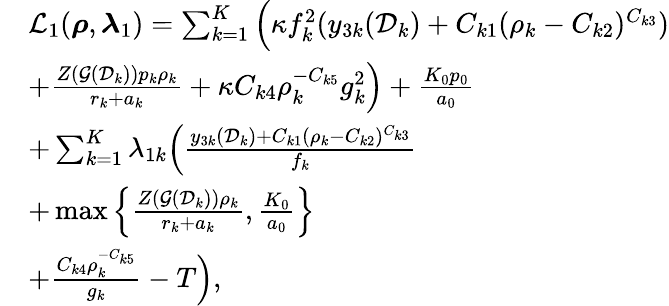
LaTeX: \begin{array}{r}{\begin{array}{rl}&{\mathcal L_{1}(\boldsymbol\rho,\boldsymbol\lambda_{1})=\sum_{k=1}^{K}\Big(\kappa f_{k}^{2}(y_{3k}(\mathcal D_{k})+C_{k1}(\rho_{k}-C_{k2})^{C_{k3}})}\\ &{+\frac{Z(\mathcal G(\mathcal D_{k}))p_{k}\rho_{k}}{r_{k}+a_{k}}+\kappa C_{k4}\rho_{k}^{-C_{k5}}g_{k}^{2}\Big)+\frac{K_{0}p_{0}}{a_{0}}}\\ &{+\sum_{k=1}^{K}\lambda_{1k}\Big(\frac{y_{3k}(\mathcal D_{k})+C_{k1}(\rho_{k}-C_{k2})^{C_{k3}}}{f_{k}}}\\ &{+\operatorname*{max}\left\{ \frac{Z(\mathcal G(\mathcal D_{k}))\rho_{k}}{r_{k}+a_{k}},\frac{K_{0}}{a_{0}}\right\} }\\ &{+\frac{C_{k4}\rho_{k}^{-C_{k5}}}{g_{k}}-T\Big),}\end{array}}\end{array}